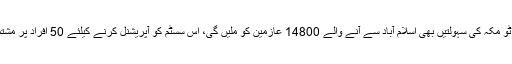
ڈاکٹر یوسفانی نے بتایا کہ اس سال روڈ ٹو مکہ کی سہولتیں بھی اسلام آباد سے آنے والے 14800 عازمین کو ملیں گی، اس سسٹم کو آپریشنل کرنے کیلئے 50 افراد پر مشتمل ایک سعودی ٹیم اسلام آباد پہنچی ہے۔